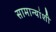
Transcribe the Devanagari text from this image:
सामान्यांशी